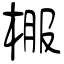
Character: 棴